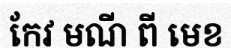
កែវ មណី ពី មេខ